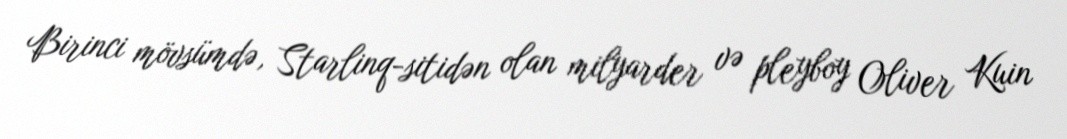
Birinci mövsümdə, Starlinq-sitidən olan milyarder və pleyboy Oliver Kuin